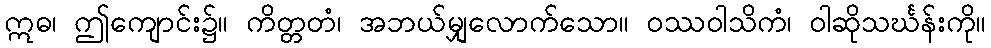
ဣဓ၊ ဤကျောင်း၌။ ကိတ္တတံ၊ အဘယ်မျှလောက်သော။ ဝဿဝါသိကံ၊ ဝါဆိုသင်္ဃန်းကို။